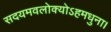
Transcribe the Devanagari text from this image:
सदयमवलोक्योऽहमधुना।